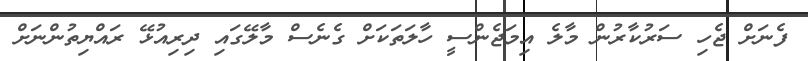
ފެނަށް ޖެހި ސަރުކާރުން މާލެ އިމަޖެންސީ ހާލަތަކަށް ގެނެސް މާލޭގައި ދިރިއުޅޭ ރައްޔިތުންނަށް